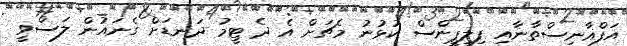
އަފްޣާނިސްތާނާއި ފިލިޕީންސް ކުޅުނު މެޗަށް އެ ދެ ޓީމު ދަނޑަށް ގެނައުން ލަސްވީ